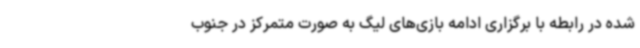
شده در رابطه با برگزاری ادامه بازی‌های لیگ به صورت متمرکز در جنوب